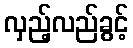
လှည့်လည်ခွင့်